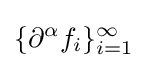
\{\partial ^{\alpha }f_{i}\}_{i=1}^{\infty }